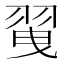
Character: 𦐪